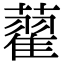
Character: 藋